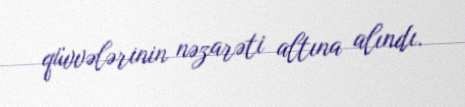
qüvvələrinin nəzarəti altına alındı.